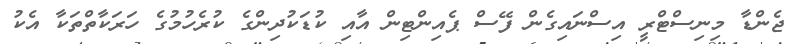
ޖެންޑާ މިނިސްޓްރީ އިސްނައިގެން ފޭސް ޕެއިންޓިން އާއި ކުޑަކުދިންގެ ކުރެހުމުގެ ހަރަކާތްތަކާ އެކު